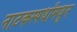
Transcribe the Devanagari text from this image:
नाटकस्पर्धांमधून